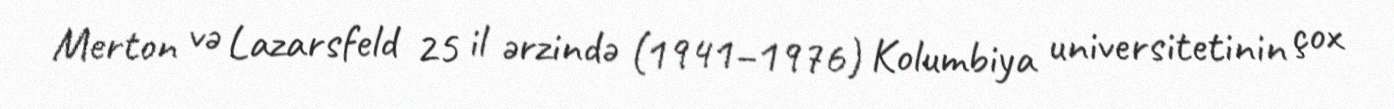
Merton və Lazarsfeld 25 il ərzində (1941–1976) Kolumbiya universitetinin çox